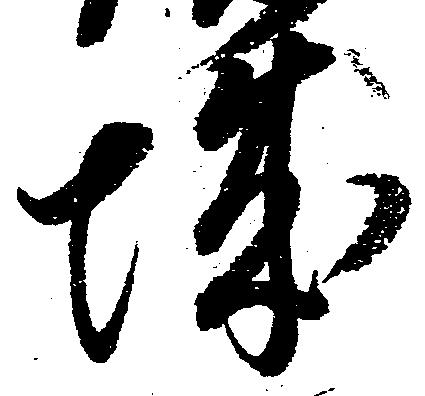
城